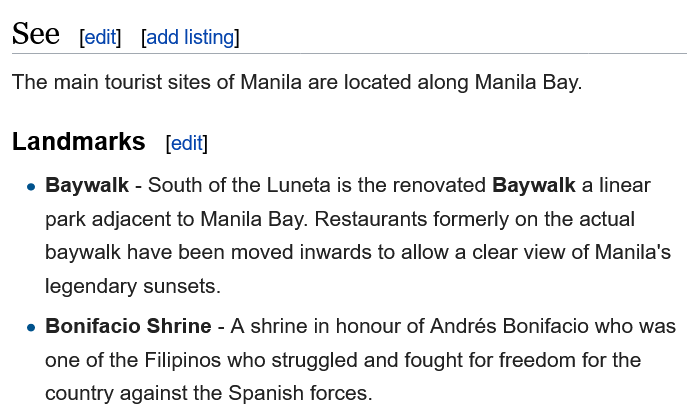
The main tourist sites of Manila are located along Manila Bay.
   e Baywalk - South of the Luneta is the renovated Baywalk a linear
    park adjacent to Manila Bay. Restaurants formerly on the actual
    baywalk have been moved inwards to allow a clear view of Manila's
    legendary sunsets.
   e Bonifacio Shrine - A shrine in honour of Andrés Bonifacio who was
    one of the Filipinos who struggled and fought for freedom for the
    country against the Spanish forces.
  Landmarks    [edit]
     [add listing] [edit] See